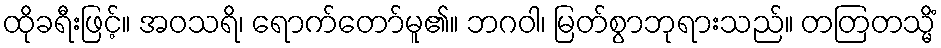
ထိုခရီးဖြင့်။ အဝသရိ၊ ရောက်တော်မူ၏။ ဘဂဝါ၊ မြတ်စွာဘုရားသည်။ တတြတသ္မိံ